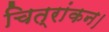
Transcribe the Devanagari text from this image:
चित्रांकन।